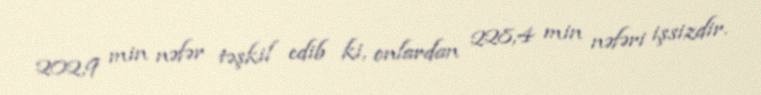
202,9 min nəfər təşkil edib ki, onlardan 228,4 min nəfəri işsizdir.